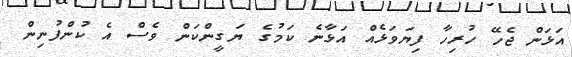
އަޅަން ޖެހޭ ހުރިހާ ފިޔަވަޅެއް އަޅާނެ ކަމުގެ ޔަގީންކަން ވެސް އެ ކުންފުނިން